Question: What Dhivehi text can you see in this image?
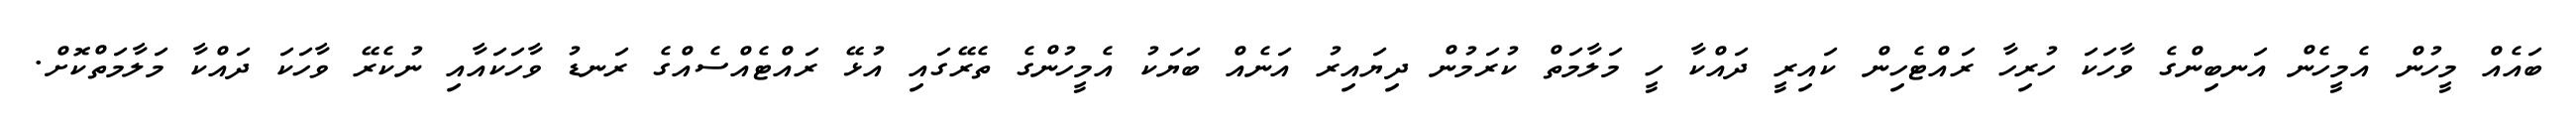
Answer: ބައެއް މީހުން އެމީހެން އަނބިންގެ ވާހަކަ ހުރިހާ ރައްޓެހިން ކައިރީ ދައްކާ ހީ މަލާމަތް ކުރަމުން ދިޔައިރު އަނެއް ބަޔަކު އެމީހުންގެ ތެރޭގައި އުޅޭ ރައްޓެއްސެއްގެ ރަނޑު ވާހަކައާއި ނުކެރޭ ވާހަކަ ދައްކާ މަލާމަތްކޮށް.